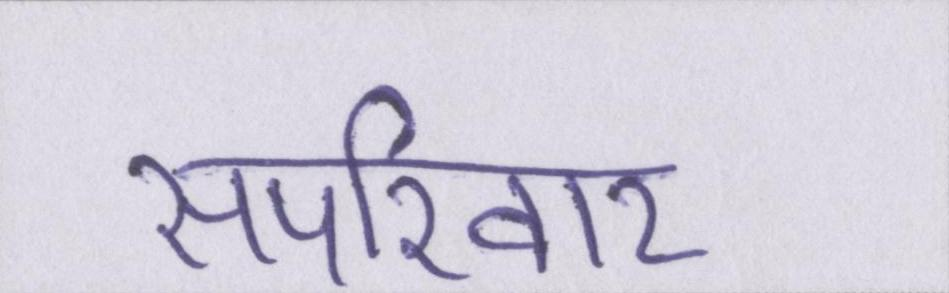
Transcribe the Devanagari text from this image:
सपरिवार